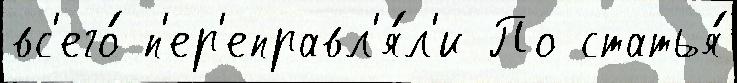
вс'его́ п'ер'еправл'я́л'и По статья́